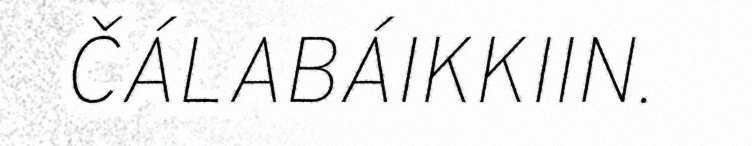
ČÁLABÁIKKIIN.